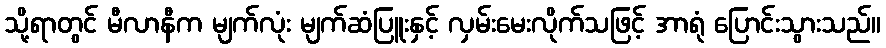
သို့ရာတွင် မီလာနီက မျက်လုံး မျက်ဆံပြူးနှင့် လှမ်းမေးလိုက်သဖြင့် အာရုံ ပြောင်းသွားသည်။